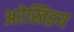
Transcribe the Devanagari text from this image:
अरेखिइय